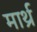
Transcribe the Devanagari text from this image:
मार्थ्र